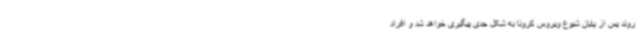
روند پس از پایان شیوع ویروس کرونا به شکل جدی پیگیری خواهد شد و افراد